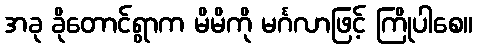
အခု ခိုတောင်ရွာက မိမိကို မင်္ဂလာဖြင့် ကြိုပါစေ။